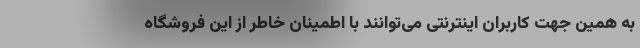
به همین جهت کاربران اینترنتی می‌توانند با اطمینان خاطر از این فروشگاه